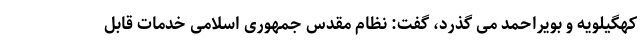
کهگیلویه و بویراحمد می گذرد، گفت: نظام مقدس جمهوری اسلامی خدمات قابل